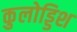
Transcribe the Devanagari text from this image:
कुलोड्डिश